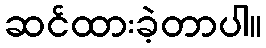
ဆင်ထားခဲ့တာပါ။